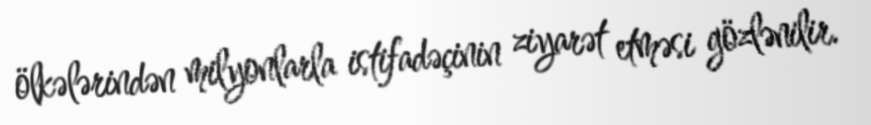
ölkələrindən milyonlarla istifadəçinin ziyarət etməsi gözlənilir.